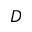
D